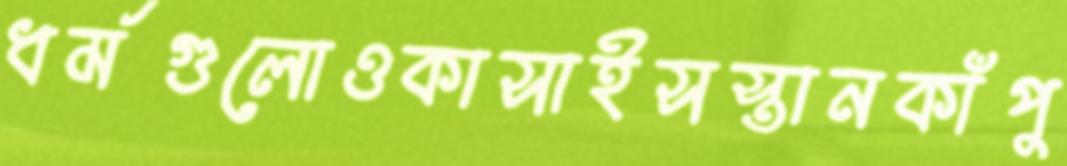
ধর্মগুলোওকাসাইসস্তানকাঁপু